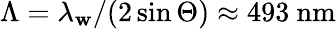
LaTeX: \Lambda=\lambda_{\mathbf{w}}/(2\sin{\Theta})\approx493~\textrm{{nm}}